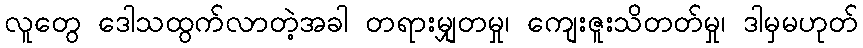
လူတွေ ဒေါသထွက်လာတဲ့အခါ တရားမျှတမှု၊ ကျေးဇူးသိတတ်မှု၊ ဒါမှမဟုတ်